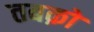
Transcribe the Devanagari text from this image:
तबक़ों